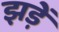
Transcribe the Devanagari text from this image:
झड़ें